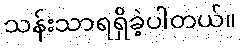
သန်းသာရရှိခဲ့ပါတယ်။